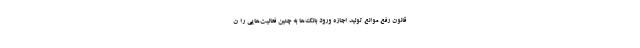
قانون رفع موانع تولید اجازه ورود بانک‌ها به چنین فعالیت‌هایی را ن